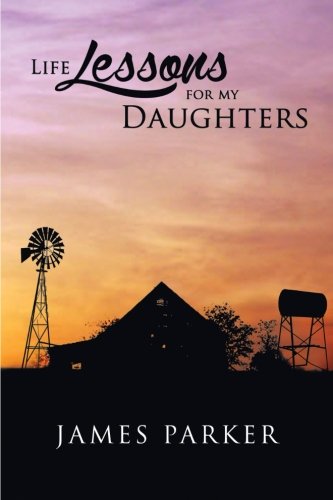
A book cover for Life Lessons for My Daughters; James Parker; Parenting & Relationships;